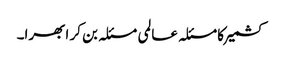
کشمیر کا مسئلہ عالمی مسئلہ بن کر ابھرا۔